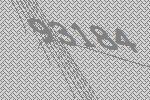
93184